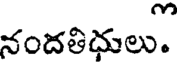
నందతిధులు.